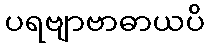
ပရဗျာဗာဓာယပိ